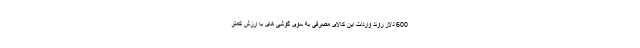
600 دلار روند واردات این کالای مصرفی به سوی گوشی های با ارزش کمتر